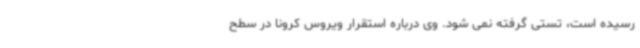
رسیده است، تستی گرفته نمی شود. وی درباره استقرار ویروس کرونا در سطح